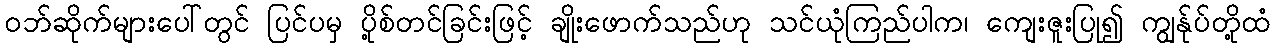
ဝဘ်ဆိုက်များပေါ်တွင် ပြင်ပမှ ပို့စ်တင်ခြင်းဖြင့် ချိုးဖောက်သည်ဟု သင်ယုံကြည်ပါက၊ ကျေးဇူးပြု၍ ကျွန်ုပ်တို့ထံ